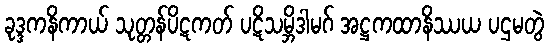
ခုဒ္ဒကနိကာယ် သုတ္တန်ပိဋကတ် ပဋိသမ္ဘိဒါမဂ် အဋ္ဌကထာနိဿယ ပဌမတွဲ